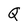
Character: Q